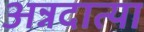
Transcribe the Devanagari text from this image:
अन्नदात्या